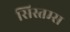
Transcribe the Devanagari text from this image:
सिस्तम्स